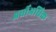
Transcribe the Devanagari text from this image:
अर्धीअधिक